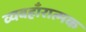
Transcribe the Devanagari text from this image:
व्यवहाँरात्मक